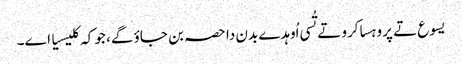
یسوع تے پروہسا کرو تے تُسی اُوہدے بدن دا حصہ بن جاؤ گے، جو کہ کلیسیا اے۔